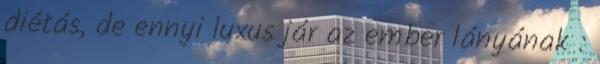
diétás, de ennyi luxus jár az ember lányának :